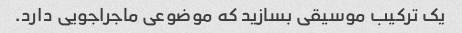
یک ترکیب موسیقی بسازید که موضوعی ماجراجویی دارد.